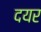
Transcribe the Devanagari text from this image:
दयर